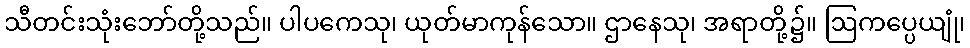
သီတင်းသုံးဘော်တို့သည်။ ပါပကေသု၊ ယုတ်မာကုန်သော။ ဌာနေသု၊ အရာတို့၌။ ဩကပ္ပေယျုံ၊